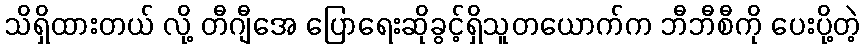
သိရှိထားတယ် လို့ တီဂျီအေ ပြောရေးဆိုခွင့်ရှိသူတယောက်က ဘီဘီစီကို ပေးပို့တဲ့